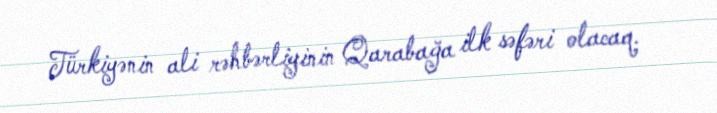
Türkiyənin ali rəhbərliyinin Qarabağa ilk səfəri olacaq.